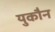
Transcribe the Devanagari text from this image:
युकौन